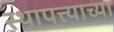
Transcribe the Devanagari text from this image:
स्थापत्त्याच्या